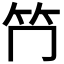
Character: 𥫚